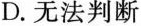
D.无法判断